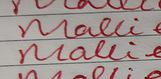
Signature authenticity: forged